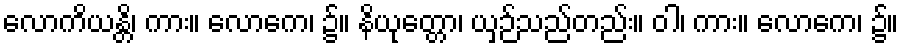
လောကိယန္တိ၊ ကား။ လောကေ၊ ၌။ နိယုတ္တော၊ ယှဉ်သည်တည်း။ ဝါ၊ ကား။ လောကေ၊ ၌။